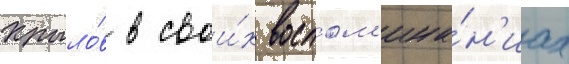
Крыло́в в свои́х воспом'ина́н'иах